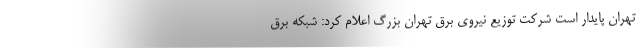
تهران پایدار است شرکت توزیع نیروی برق تهران بزرگ اعلام کرد: شبکه برق